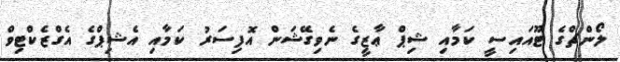
ލޯންޗްގެ ޓޫއައިސީ ކަމާއި ޝިޕް ޢާޒީގެ ނެވިގޭޝަން އޮފިސަރު ކަމާއި އެޝިޕްގެ އެގްޒެކްޓިވް